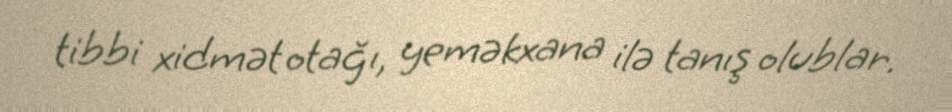
tibbi xidmət otağı, yeməkxana ilə tanış olublar.